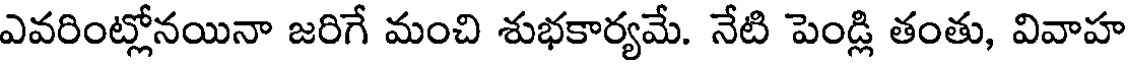
ఎవరింట్లోనయినా జరిగే మంచి శుభకార్యమే. నేటి పెండ్లి తంతు, వివాహ